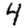
Digit: 4